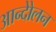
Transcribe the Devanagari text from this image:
आन्दोेलन